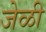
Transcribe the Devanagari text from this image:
जेळी